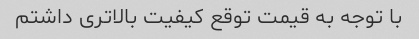
با توجه به قیمت توقع کیفیت بالاتری داشتم